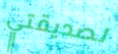
لصديقتي